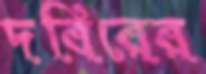
দবিরের